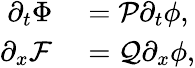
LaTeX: \begin{array}{rl}{\partial_{t}\Phi}&{{}=\mathcal{P}\partial_{t}\phi,}\\ {\partial_{x}\mathcal{F}}&{{}=\mathcal{Q}\partial_{x}\phi,}\end{array}